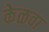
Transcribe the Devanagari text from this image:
केळवा